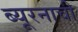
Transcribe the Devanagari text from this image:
ब्यूरनाची